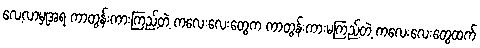
လေ့လာမှုအရ ကာတွန်းကားကြည့်တဲ့ ကလေးလေးတွေက ကာတွန်းကားမကြည့်တဲ့ ကလေးလေးတွေထက်